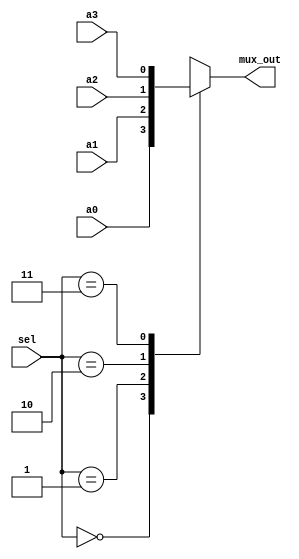
//mux4_1
module mux4_1(mux_out, a0,a1, a2, a3, sel);
    input a0, a1, a2, a3;
    input [1:0] sel;
    output mux_out;
    
    reg mux_out;
    
    //assign mux_out=(a0 & !sel[1] & !sel[0]) | (a1 & !sel[1] & sel[0]) | (a2 & sel[1] & !sel[0]) | (a3 & sel[1] & sel[0]);
    always@(a0 or a1 or a2 or a3 or sel)
    begin
    case (sel)
        2'b 00: mux_out=a0;
        2'b 01: mux_out=a1;
        2'b 10: mux_out=a2;
        2'b 11: mux_out=a3;
        default mux_out=a0;
    endcase
end
endmodule

//test
module test_mux4_1;
    wire mux_out;
    reg a0, a1, a2, a3;
    reg [1:0] sel;
    
    mux4_1 M(mux_out, a0, a1, a2, a3, sel);
    initial begin
        a0=1'b0;
        a1=1'b 1;
        a2=1'b 1;
        a3=1'b 0;
        sel=2'b 00;
        #10;
        sel=2'b 10;
        #10 
        sel=2'b 01;
        #10
        sel=2'b 11;
    end
    always@(a0 or a1 or a2 or a3 or sel)
    $display("at t=%t a0=%b a1=%b a2=%b a3=%b sel=%b mux_out=%b", $time, a0, a1, a2, a3, sel, mux_out);
endmodule